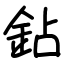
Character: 鉆